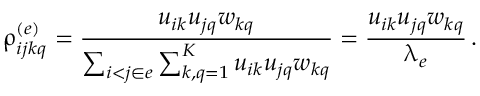
\uprho _ { i j k q } ^ { ( e ) } = \frac { u _ { i k } u _ { j q } w _ { k q } } { \sum _ { i < j \in e } \sum _ { k , q = 1 } ^ { K } u _ { i k } u _ { j q } w _ { k q } } = \frac { u _ { i k } u _ { j q } w _ { k q } } { \uplambda _ { e } } \, .